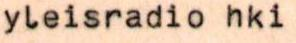
yleisradio hki